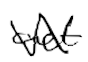
Text: act
Cross-out: zig-zag
Writing tool: digital_black